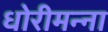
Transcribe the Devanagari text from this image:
धोरीमन्ना